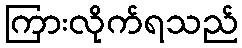
ကြားလိုက်ရသည်